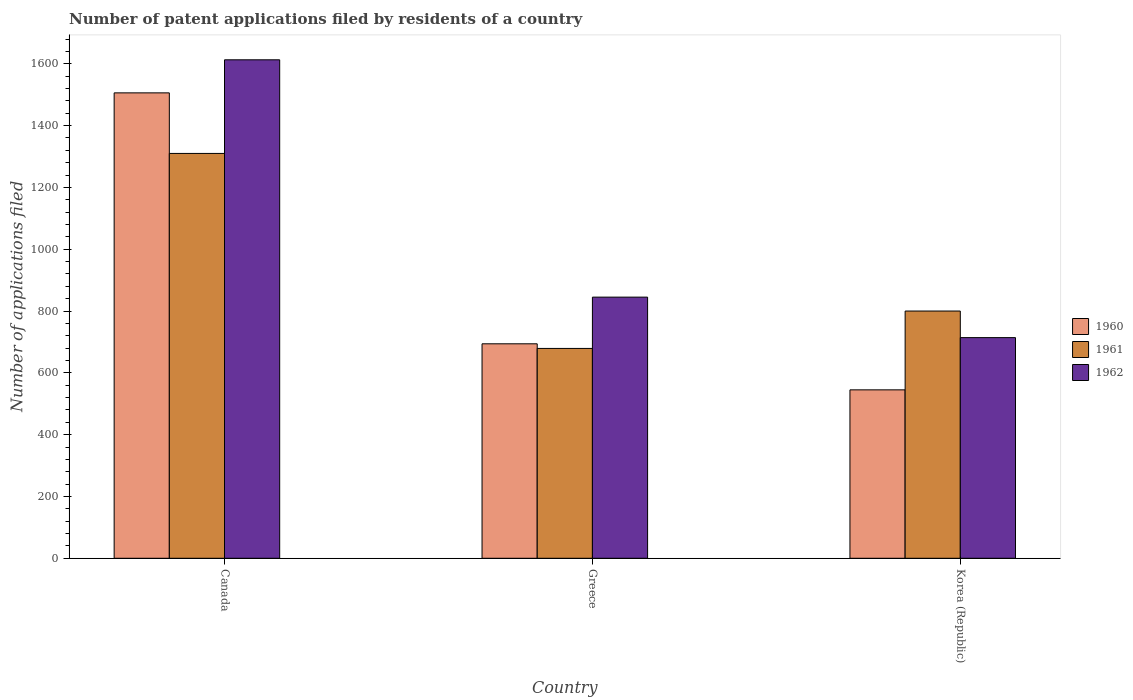
| Country | 1960 | 1961 | 1962 |
 | --- | --- | --- | --- |
 | Canada | 1.51e+03 | 1.31e+03 | 1.61e+03 |
 | Greece | 694 | 679 | 845 |
 | Korea (Republic) | 545 | 800 | 714 |